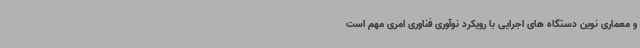
و معماری نوین دستگاه های اجرایی با رویکرد نوآوری فناوری امری مهم است